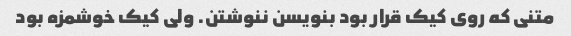
متنی که روی کیک قرار بود بنویسن ننوشتن. ولی کیک خوشمزه بود